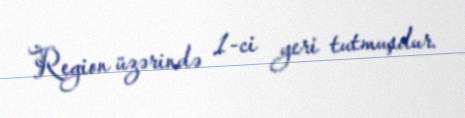
Region üzərində 1-ci yeri tutmuşdur.